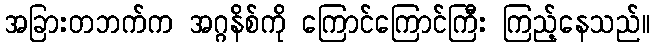
အခြားတဘက်က အဂ္ဂနိစ်ကို ကြောင်ကြောင်ကြီး ကြည့်နေသည်။